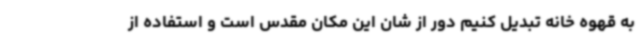
به قهوه خانه تبدیل کنیم دور از شان این مکان مقدس است و استفاده از